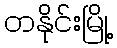
တနိုင်းမြို့